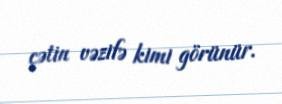
çətin vəzifə kimi görünür.